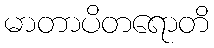
မာတာပိတရောတိ